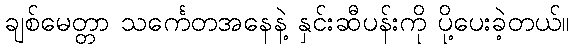
ချစ်မေတ္တာ သင်္ကေတအနေနဲ့ နှင်းဆီပန်းကို ပို့ပေးခဲ့တယ်။